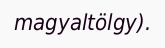
magyaltölgy).